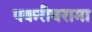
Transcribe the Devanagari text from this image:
पकरीवरामा